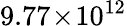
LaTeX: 9.77\! \times\! 10^{12}